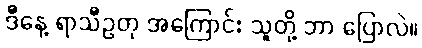
ဒီနေ့ ရာသီဥတု အကြောင်း သူတို့ ဘာ ပြောလဲ။